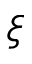
\xi